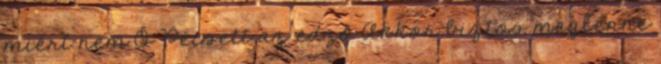
miért nem Ő Pécsett az edző Akkor biztos meglenne